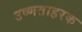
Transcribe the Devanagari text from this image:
उष्णताहरक